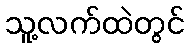
သူ့လက်ထဲတွင်